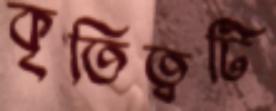
কৃতিত্বটি